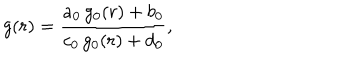
g ( r ) = { \frac { a _ { 0 } \, g _ { 0 } ( r ) + b _ { 0 } } { c _ { 0 } \, g _ { 0 } ( r ) + d _ { 0 } } } ,